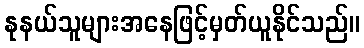
နုနယ်သူများအနေဖြင့်မှတ်ယူနိုင်သည်။